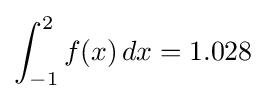
\int _{-1}^{2}f(x)\,dx=1.028